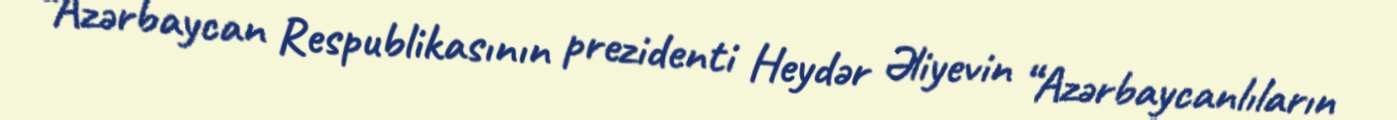
“Azərbaycan Respublikasının prezidenti Heydər Əliyevin “Azərbaycanlıların